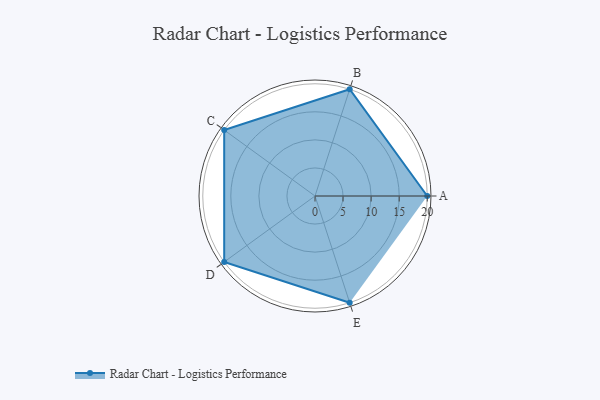
{"axis": {"x": "Skill", "y": "Score"}, "legend": ["Profile"], "data": [{"x": "A", "y": 20.0, "type": "Profile"}, {"x": "B", "y": 20, "type": "Profile"}, {"x": "C", "y": 20, "type": "Profile"}, {"x": "D", "y": 20, "type": "Profile"}, {"x": "E", "y": 20, "type": "Profile"}]}